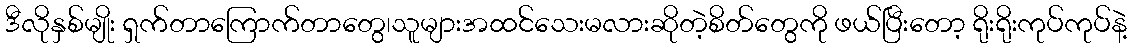
ဒီလိုနှစ်မျိုး ရှက်တာကြောက်တာတွေ၊သူများအထင်သေးမလားဆိုတဲ့စိတ်တွေကို ဖယ်ပြီးတော့ ရိုးရိုးကုပ်ကုပ်နဲ့